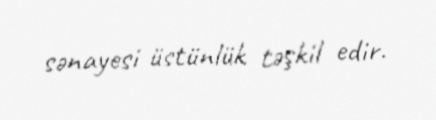
sənayesi üstünlük təşkil edir.